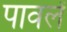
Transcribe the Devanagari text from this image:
पावलें